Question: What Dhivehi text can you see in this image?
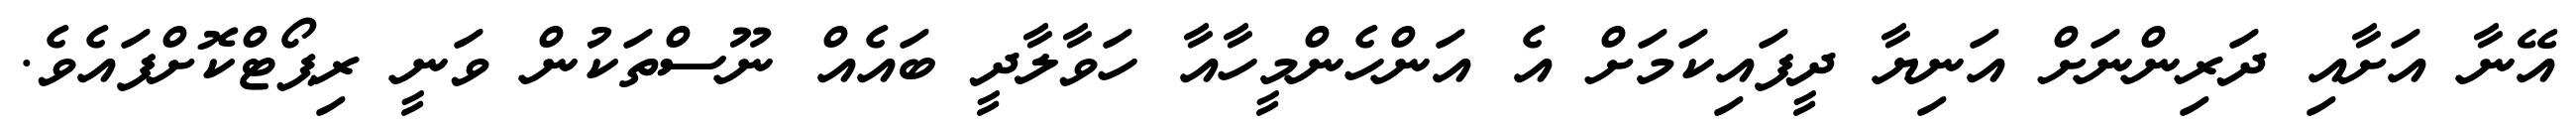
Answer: އޭނާ އަށާއި ދަރިންނަށް އަނިޔާ ދީފައިކަމަށް އެ އަންހެންމީހާއާ ހަވާލާދީ ބައެއް ނޫސްތަކުން ވަނީ ރިޕޯޓްކޮށްފައެވެ.